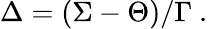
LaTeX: \Delta=\left(\Sigma-\Theta\right)/\Gamma\ .